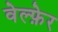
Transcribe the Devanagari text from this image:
वेल्फ़ेर